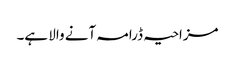
مزاحیہ ڈرامہ آنے والا ہے۔